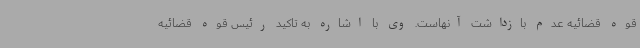
قوه قضائیه عدم بازداشت آنهاست. وی با اشاره به تاکید رئیس قوه قضائیه